Report on horse surra - Volume I
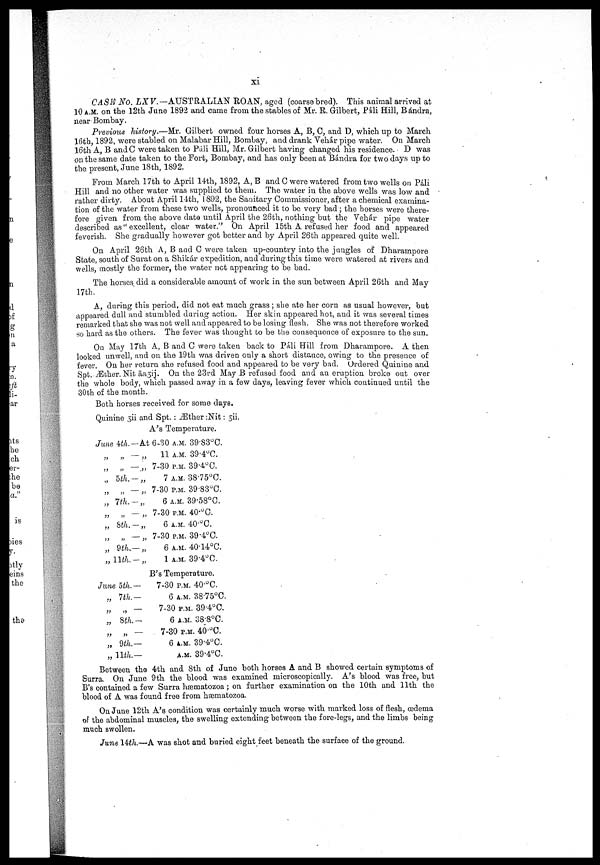
XI
CASE No. LXV.— AUSTRALIAN ROAN, aged (coarse bred). This animal arrived at
10 A.M. on the 12th June 1892 and came from the stables of Mr. R. Gilbert, Páli Hill, Bandra,
near Bombay.
Previous history.—Mr. Gilbert owned four horses A, B, C, and D, which up to March
16th, 1892, were stabled on Malabar Hill, Bombay, and drank Vehár pipe water. On March
16th A, B andC were taken to Pali Hill, Mr. Gilbert having changed his residence. D was
on the same date taken to the Fort, Bombay, and has only been at Bándra for two days up to
the present, June 18th, 1892.
From March 17th to April 14th, 1892, A, B and C were watered from two wells on Pali
Hill and no other water was supplied to them. The water in the above wells was low and
rather dirty. About April 14th, 1.892, the Sanitary Commissioner, after a chemical examina-
tion of the water from these two wells, pronounced it to be very bad ; the horses were there-
fore given from the above date until April the 26th, nothing but the Vehár pipe water
described as " excellent, clear water." On April 15th A refused her food and appeared
feverish. She gradually however got better and by April 26th appeared quite well.
On April 26th A, B and C were taken up-country into the jungles of Dharampore
State, south of Surat on a Shikár expedition, and during this time were watered at rivers and
wells, mostly the former, the water not appearing to be bad.
The horses did a considerable amount of work in the sun between April 26th and May
17th.
A, during this period, did not eat much grass ; she ate her corn as usual however, but
appeared dull and stumbled during action. Her skin appeared hot, and it was several times
remarked that she was not well and appeared to be losing flesh. She was not therefore worked
so hard as the others. The fever was thought to be the consequence of exposure to the sun.
On May 17th A, B and C were taken back to Pali Hill from Dharampore. A then
looked unwell, and on the 19th was driven only a short distance, owing to the presence of
fever. On her return she refused food and appeared to be very bad. Ordered Quinine and
Spt. Æther. Nit āa3ij. On the 23rd May B refused food and an eruption broke out over
the whole body, which passed away in a few days, leaving fever which continued until the
30th of the month.
Both horses received for some days.
Quinine 3ii and Spt.: Æther :Nit: 3ii.
A's Temperature.
June 4th.—
„ „ ––
„ „ ––
„ 5th.—
„ „ ––
„ 7th.––
„ „ ––
„ 8th. —
„ „ ––
„ 9th.—
„11th.––
At 6-30 A.M. 39.83°C.
„
11 A.M. 39.4°C.
„ 7-30 P. M. 39.4°C.
7 A.M. 38.75°C.
„ 7-30 P.M. 39.83° C.
6 A.M. 39.58°C.
„ 7-30 P.M. 40.°C.
6 A.M. 40.°C.
„ 7-30 P.M. 39. 4°C.
6 A.M. 40.14°C.
1 A.M. 39.4°C.
B's Temperature.
June 5th.—
„ 7 th.––
„ „ ––
„ 8th.––
„ „ ––
„ 9th.––
„11th.––
7-30 P.M. 40.°C.
6 A.M. 38.75°C.
7-30 P.M. 39.4°C.
6 A.M. 38.8°C.
7-30 P.M. 40.°C.
6 A.M. 39.4°C.
A.M. 39.4°C.
Between the 4th and 8th of Juno both horses A and B showed certain symptoms of
Surra. On June 9 th the blood was examined microscopically. A's blood was free, but
B's contained a few Surra hæmatozoa; on further examination on the 10th and 11th the
blood of A was found free from hæmatozoa.
On June 12th A's condition was certainly much worse with marked loss of flesh, œdema
of the abdominal muscles, the swelling extending between the fore-legs, and the limbs being
much swollen.
June 14th.—A was shot and buried eight feet beneath the surface of the ground.